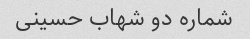
شماره دو شهاب حسینی